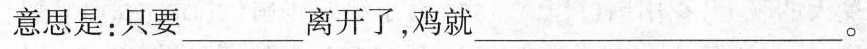
意思是：只要___离开了，鸡就___。